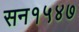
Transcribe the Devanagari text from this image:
सन१५४७